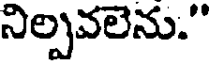
నిల్పవలెను."